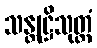
သန္တုဋ္ဌိသုတ္တံ